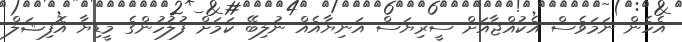
އެހެން ނަމަވެސް އެކުއްޖާއަށް ސީރިޔަސް އަނިޔާއެއް ނުލިބޭ ކަމަށް ފުލުހުންގެ މީޑިޔާ އޮފިޝަލް